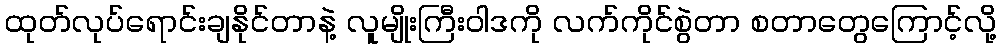
ထုတ်လုပ်ရောင်းချနိုင်တာနဲ့ လူမျိုးကြီးဝါဒကို လက်ကိုင်စွဲတာ စတာတွေကြောင့်လို့